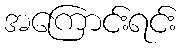
အကြောင်းရင်း